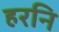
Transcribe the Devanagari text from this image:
हरनि